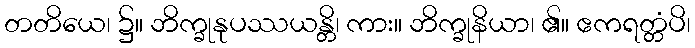
တတိယေ၊ ၌။ ဘိက္ခုနုပဿယန္တိ၊ ကား။ ဘိက္ခုနိယာ၊ ၏။ ဧကရတ္တံပိ၊